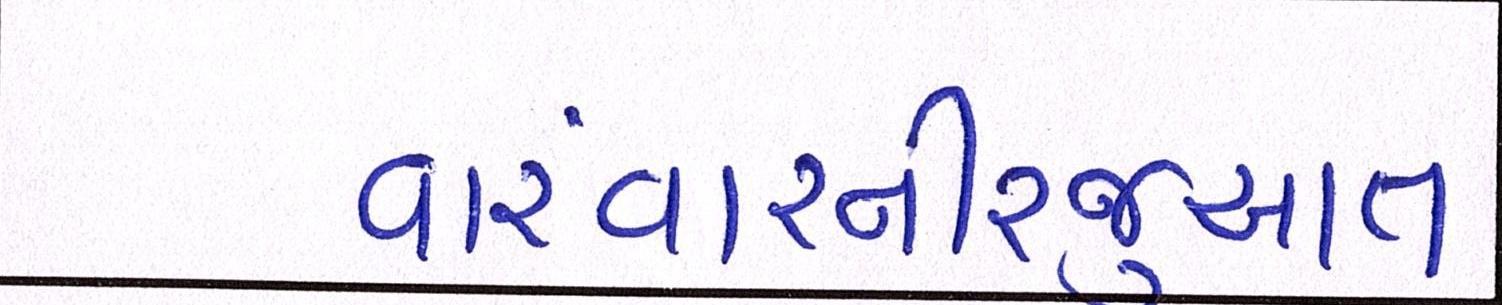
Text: વારંવારનીરજુઆત